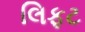
લિફટ